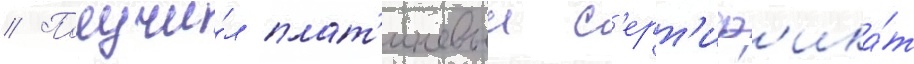
// Получи́л плат'иновыи с'ерт'иф'ика́т